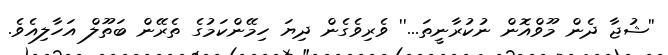
''ޝުޖާ ދެން މޫވްއޮން ނުކުރާނީތަ...'' ވެރިވެގެން ދިޔަ ހިމޭންކަމުގެ ތެރޭން ބަތޫލް އަހާލިއެވެ.